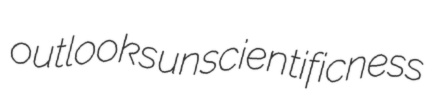
outlooks unscientificness